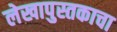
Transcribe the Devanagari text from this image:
लेखापुस्तकाचा